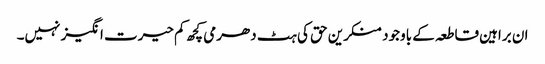
ان براہین قاطعہ کے باوجود منکرین حق کی ہٹ دھرمی کچھ کم حیرت انگیز نہیں۔